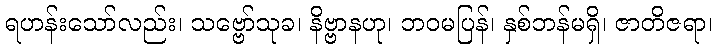
ရဟန်းသော်လည်း၊ သဗ္ဗော်သုခ၊ နိဗ္ဗာနဟု၊ ဘဝမပြန်၊ နှစ်ဘန်မရှိ၊ ဇာတိဇရာ၊